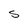
Character: S